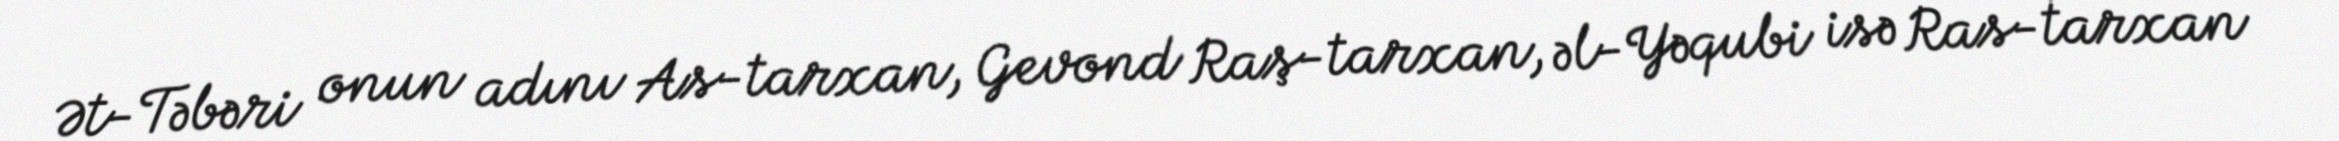
Ət-Təbəri onun adını As-tarxan, Gevond Raş-tarxan, əl-Yəqubi isə Ras-tarxan